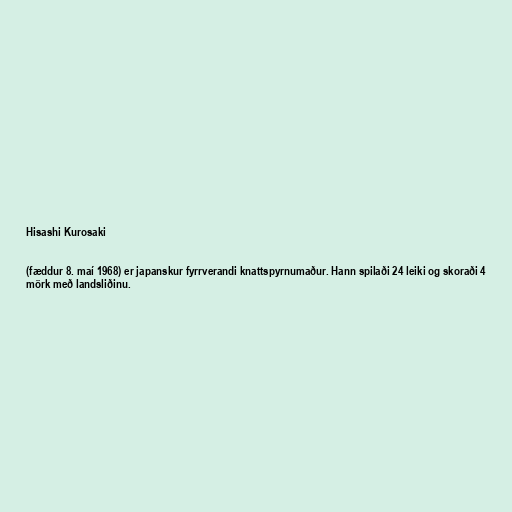
Hisashi Kurosaki

(fæddur 8. maí 1968) er japanskur fyrrverandi knattspyrnumaður. Hann spilaði 24 leiki og skoraði 4
mörk með landsliðinu.